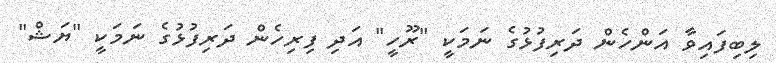
ލިބިފައިވާ އަންހެން ދަރިފުޅުގެ ނަމަކީ "ރޫހީ" އަދި ފިރިހެން ދަރިފުޅުގެ ނަމަކީ "ޔަޝް"